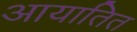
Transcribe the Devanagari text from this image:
आयातित